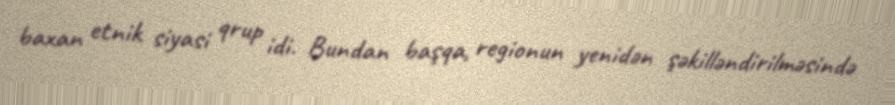
baxan etnik siyasi qrup idi. Bundan başqa, regionun yenidən şəkilləndirilməsində